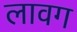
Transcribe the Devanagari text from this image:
लावग